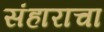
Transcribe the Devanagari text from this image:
संहाराचा